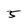
Character: 5